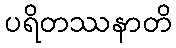
ပရိတဿနာတိ